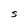
Character: S